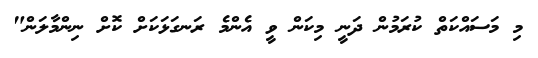
މި މަސައްކަތް ކުރަމުން ދަނީ މިކަން ވީ އެންމެ ރަނގަޅަކަށް ކޮށް ނިންމާލަން"